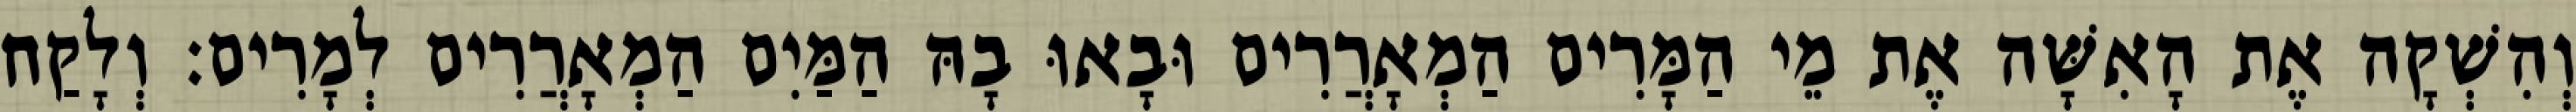
וְהִשְׁקָה אֶת הָאִשָּׁה אֶת מֵי הַמָּרִים הַמְאָרֲרִים וּבָאוּ בָהּ הַמַּיִם הַמְאָרֲרִים לְמָרִים׃ וְלָקַח